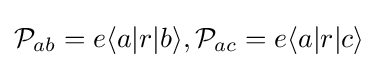
{\mathcal {P}}_{ab}=e\langle a|r|b\rangle ,{\mathcal {P}}_{ac}=e\langle a|r|c\rangle